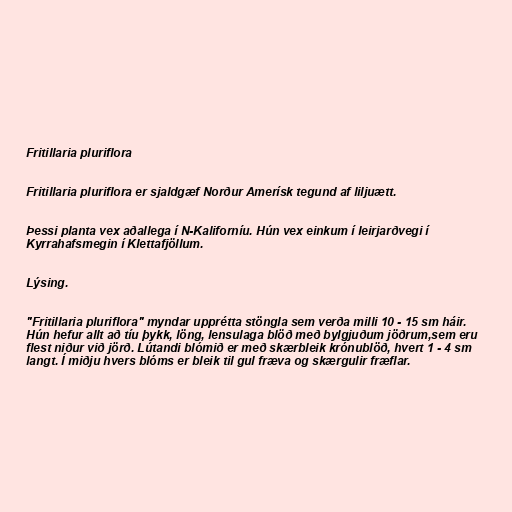
Fritillaria pluriflora

Fritillaria pluriflora er sjaldgæf Norður Amerísk tegund af liljuætt.

Þessi planta vex aðallega í N-Kaliforníu. Hún vex einkum í leirjarðvegi í
Kyrrahafsmegin í Klettafjöllum.

Lýsing.

"Fritillaria pluriflora" myndar upprétta stöngla sem verða milli 10 - 15 sm háir.
Hún hefur allt að tíu þykk, löng, lensulaga blöð með bylgjuðum jöðrum,sem eru
flest niður við jörð. Lútandi blómið er með skærbleik krónublöð, hvert 1 - 4 sm
langt. Í miðju hvers blóms er bleik til gul fræva og skærgulir fræflar.